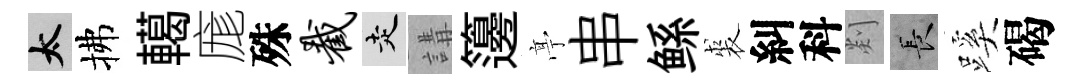
太拂轕庬殊截走講籩𠅘串鲧裘糾科剡长蹊碣